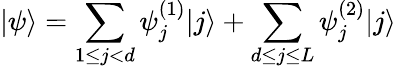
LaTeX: |\psi\rangle=\sum_{1\leq j<d}\psi_{j}^{(1)}|j\rangle+\sum_{d\leq j\leq L}\psi_{j}^{(2)}|j\rangle